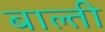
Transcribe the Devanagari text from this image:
बाल्ती